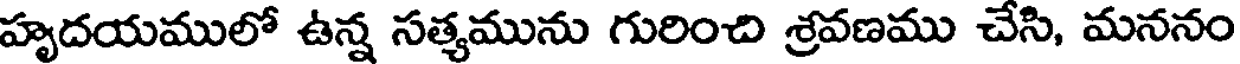
హృదయములో ఉన్న సత్యమును గురించి శ్రవణము చేసి, మననం